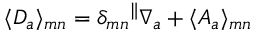
\langle { \cal D } _ { a } \rangle _ { m n } = \delta _ { m n } { } ^ { \parallel } \nabla _ { a } + \langle { \cal A } _ { a } \rangle _ { m n }